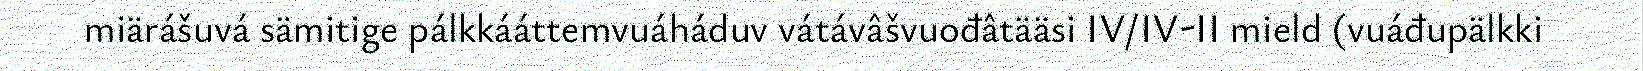
miärášuvá sämitige pálkkááttemvuáháduv vátávâšvuođâtääsi IV/IV-II mield (vuáđupälkki